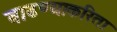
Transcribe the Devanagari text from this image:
वाढण्याकरिता